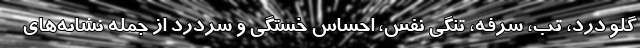
گلو درد، تب، سرفه، تنگی نفس، احساس خستگی و سردرد از جمله نشانه‌های